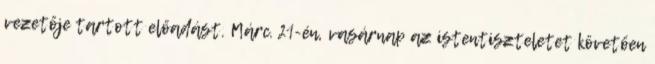
vezetője tartott előadást. Márc. 21-én, vasárnap az istentiszteletet követően